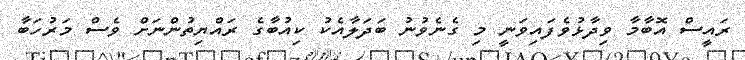
ރައީސް އޮބާމާ ވިދާޅުވެފައިވަނީ މި ގެނެވުނު ބަދަލާއެކު ކިއުބާގެ ރައްޔިތުންނަށް ވެސް މަރުހަބާ